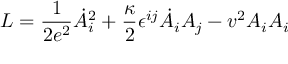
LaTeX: L = { \frac { 1 } { 2 e ^ { 2 } } } \dot { A } _ { i } ^ { 2 } + { \frac { \kappa } { 2 } } \epsilon ^ { i j } \dot { A } _ { i } A _ { j } - v ^ { 2 } A _ { i } A _ { i }